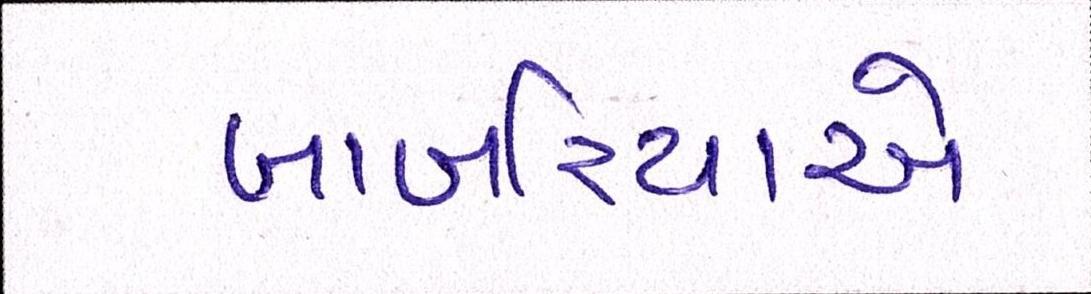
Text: બાબરિયાએ